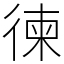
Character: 徚